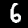
Digit: 6